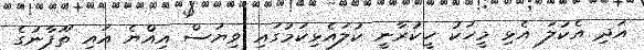
އަދި އެކުލަ އެޅި މީހަކު ހީކުރާނީ ކުލައެޅިކަމުގައި ވިޔަސް އިއްޔެ އައި ތޫފާނުގެ